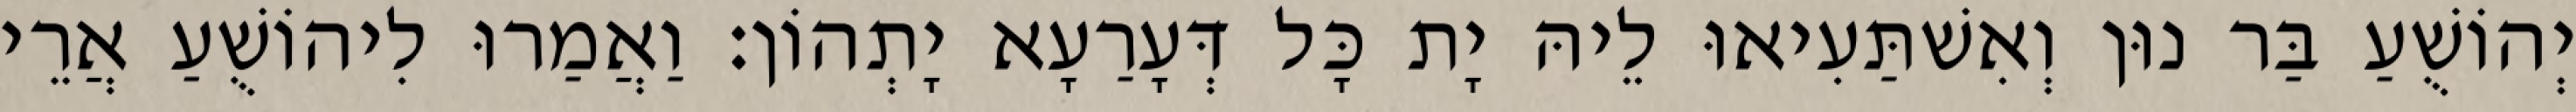
יְהוֹשֻׁעַ בַּר נוּן וְאִשׁתַּעִיאוּ לֵיהּ יָת כָּל דְּעָרַעָא יָתְהוֹן׃ וַאֲמַרוּ לִיהוֹשֻׁעַ אֲרֵי